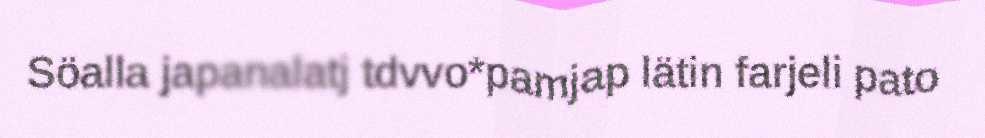
Söalla japanalatj tdvvo*pamjap lätin farjeli pato